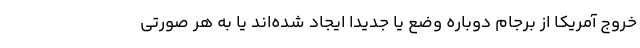
خروج آمریکا از برجام دوباره وضع یا جدیدا ایجاد شده‌اند یا به هر صورتی